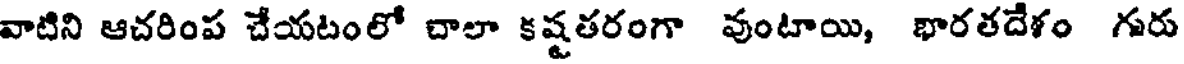
వాటిని ఆచరింప చేయటంలో చాలా కష్టతరంగా వుంటాయి, భారతదేశం గురు